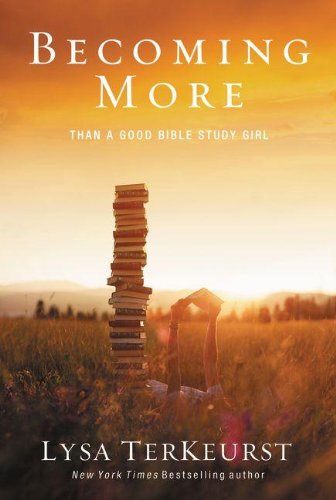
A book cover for Becoming More Than a Good Bible Study Girl; Lysa TerKeurst; Christian Books & Bibles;